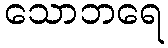
သောဘရေ